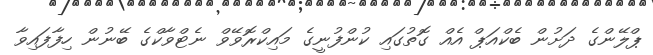
ޕްލޭންގެ ދަށުން ބެކްއަޕް އެއް ގޮތުގައި ކުންފުނީގެ މައިކްރޮވޭވް ނެޓްވާކްގެ ބޭނުން ހިފާފައިވާ